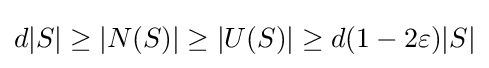
d|S|\geq |N(S)|\geq |U(S)|\geq d(1-2\varepsilon )|S|